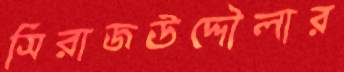
সিরাজউদ্দৌলার